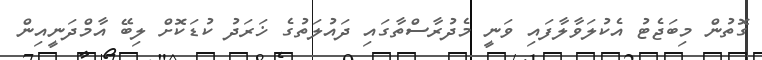
ގޮތުން މިބަޖެޓު އެކުލަވާލާފައި ވަނީ މެދުރާސްތާގައި ދައުލަތުގެ ޚަރަދު ކުޑަކޮށް ލިބޭ އާމްދަނީއިން